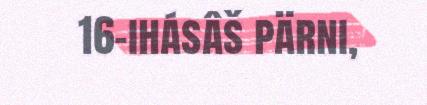
16-ihásâš pärni,